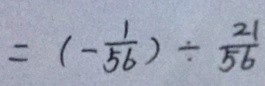
= ( - \frac { 1 } { 5 6 } ) \div \frac { 2 1 } { 5 6 }